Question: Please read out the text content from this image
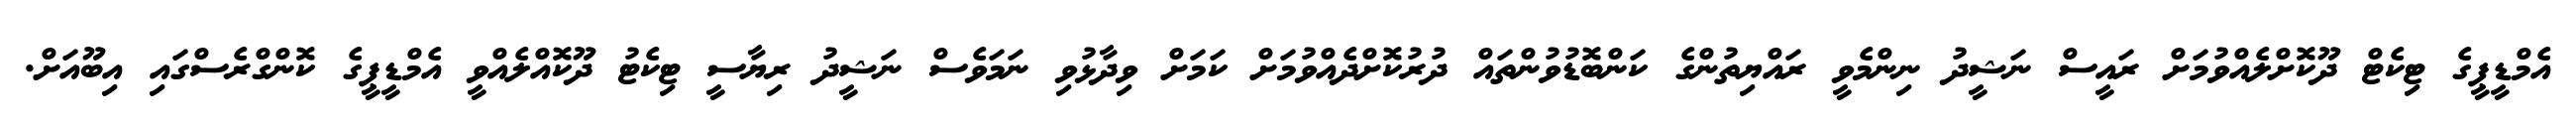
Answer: އެމްޑީޕީގެ ޓިކެޓް ދޫކޮށްލެއްވުމަށް ރައީސް ނަޝީދު ނިންމެވީ ރައްޔިތުންގެ ކަންބޮޑުވުންތައް ދުރުކޮށްދެއްވުމަށް ކަމަށް ވިދާޅުވި ނަމަވެސް ނަޝީދު ރިޔާސީ ޓިކެޓު ދޫކޮއްލެއްވީ އެމްޑީޕީގެ ކޮންގްރެސްގައި އިބޫއަށް.